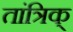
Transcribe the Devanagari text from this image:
तांत्रिक्